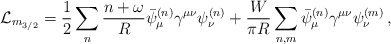
\begin{align*}\mathcal{L}_{m_{3/2}}=\frac{1}{2}\sum_n\frac{n+\omega}{R}\bar\psi^{(n)}_{\mu} \gamma^{\mu\nu}\psi^{(n)}_{\nu}+\frac{W}{\pi R}\sum_{n,m}\bar\psi^{(n)}_{\mu} \gamma^{\mu\nu}\psi^{(m)}_{\nu}\, ,\end{align*}